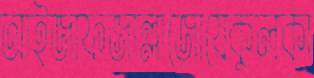
আইজাফজাল্লাজোয়েকুলকা